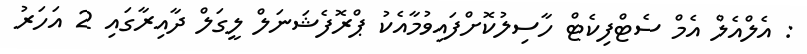
: އެލްއެލް އެމް ސެޓްފިކެޓް ހާސިލުކޮށްފައިވުމާއެކު ޕްރޮފެޝަނަލް ލީގަލް ދާއިރާގައި 2 އަހަރު